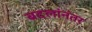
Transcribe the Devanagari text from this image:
बदलांनंतर